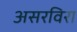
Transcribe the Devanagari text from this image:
असरविरा